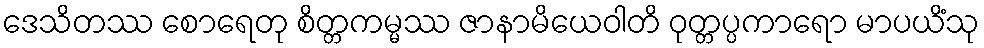
ဒေသိတဿ စောရေတု စိတ္တကမ္မဿ ဇာနာမိယေဝါတိ ဝုတ္တပ္ပကာရော မာပယိံသု